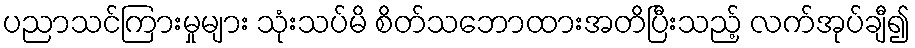
ပညာသင်ကြားမှုများ သုံးသပ်မိ စိတ်သဘောထားအတိပြီးသည့် လက်အုပ်ချီ၍